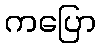
ကပြော